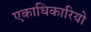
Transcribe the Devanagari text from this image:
एकाधिकारियो